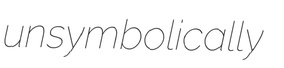
unsymbolically